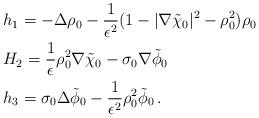
LaTeX: \begin{align*} & h_1 = -\Delta\rho_0 - \frac{1}{\epsilon^2}(1-|\nabla\tilde{\chi}_0|^2-\rho_0^2)\rho_0 \\ & H_2 = \frac{1}{\epsilon}\rho_0^2\nabla\tilde\chi_0 - \sigma_0\nabla\tilde\phi_0 \\ & h_3 = \sigma_0\Delta\tilde\phi_0- \frac{1}{\epsilon^2}\rho_0^2\tilde{\phi}_0 \,.\end{align*}